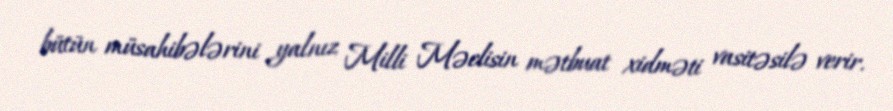
bütün müsahibələrini yalnız Milli Məclisin mətbuat xidməti vasitəsilə verir.